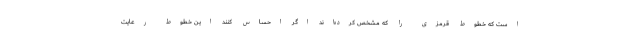
است که خطوط قرمزی را که مشخص کرده‌اند اگر احساس کنند این خطوط رعایت